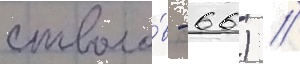
стволо́в - 66) //